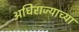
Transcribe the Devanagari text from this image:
अधिराज्याच्या